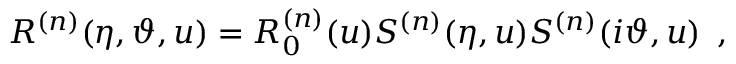
R ^ { ( n ) } ( \eta , \vartheta , u ) = R _ { 0 } ^ { ( n ) } ( u ) S ^ { ( n ) } ( \eta , u ) S ^ { ( n ) } ( i \vartheta , u ) \, \, \, ,